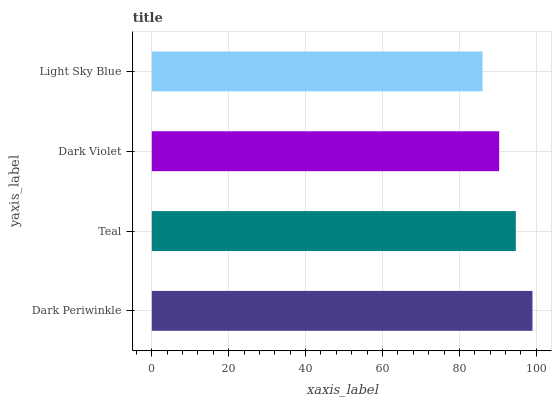
| yaxis_label | bars |
 | --- | --- |
 | Dark Periwinkle | 99 |
 | Teal | 94.7 |
 | Dark Violet | 90.3 |
 | Light Sky Blue | 86 |